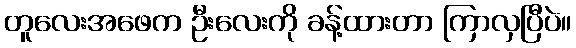
တူလေးအဖေက ဦးလေးကို ခန့်ထားတာ ကြာလှပြီပဲ။